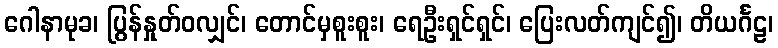
ဂေါနာမုခ၊ ပြွန်နှုတ်ဝလျှင်၊ တောင်မှစူးစူး၊ ရေဦးရှင်ရှင်၊ ပြေးလတ်ကျင်၍၊ တိယင်္ဂဠ၊